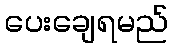
ပေးချေရမည်